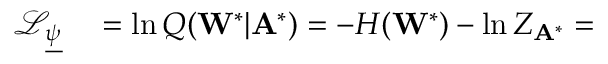
\begin{array} { r l } { \mathcal { L } _ { \underline { { \psi } } } } & { { } = \ln Q ( \mathbf { W } ^ { * } | \mathbf { A } ^ { * } ) = - H ( \mathbf { W } ^ { * } ) - \ln Z _ { \mathbf { A } ^ { * } } = } \end{array}